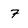
Character: 7